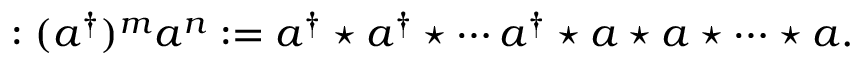
: ( a ^ { \dagger } ) ^ { m } a ^ { n } : = a ^ { \dagger } \star a ^ { \dagger } \star \cdots a ^ { \dagger } \star a \star a \star \cdots \star a .